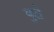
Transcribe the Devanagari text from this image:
बुटो